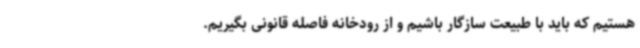
هستیم که باید با طبیعت سازگار باشیم و از رودخانه فاصله قانونی بگیریم.